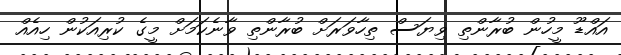
އައްޑޫ މީހުން ބުރާންތި ވިޔަސް ތިހާވަރަށް ބުރާންތި ވާނެކަމަށް މީގެ ކުރިއަކުން ހިއެއް